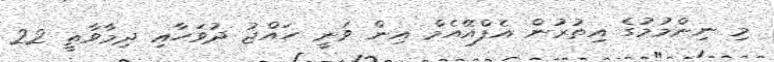
މި ނިންމުމުގެ އިތުރުން އެފްއޭއެމް އިން ވަނީ ހައްޖު ދުވަހާއި ދިމާވާތީ 22